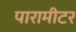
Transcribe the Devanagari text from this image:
पारामीटर